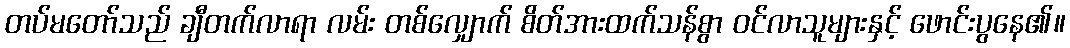
တပ်မတော်သည် ချီတက်လာရာ လမ်း တစ်လျှောက် စိတ်အားထက်သန်စွာ ဝင်လာသူများနှင့် ဖောင်းပွနေ၏။